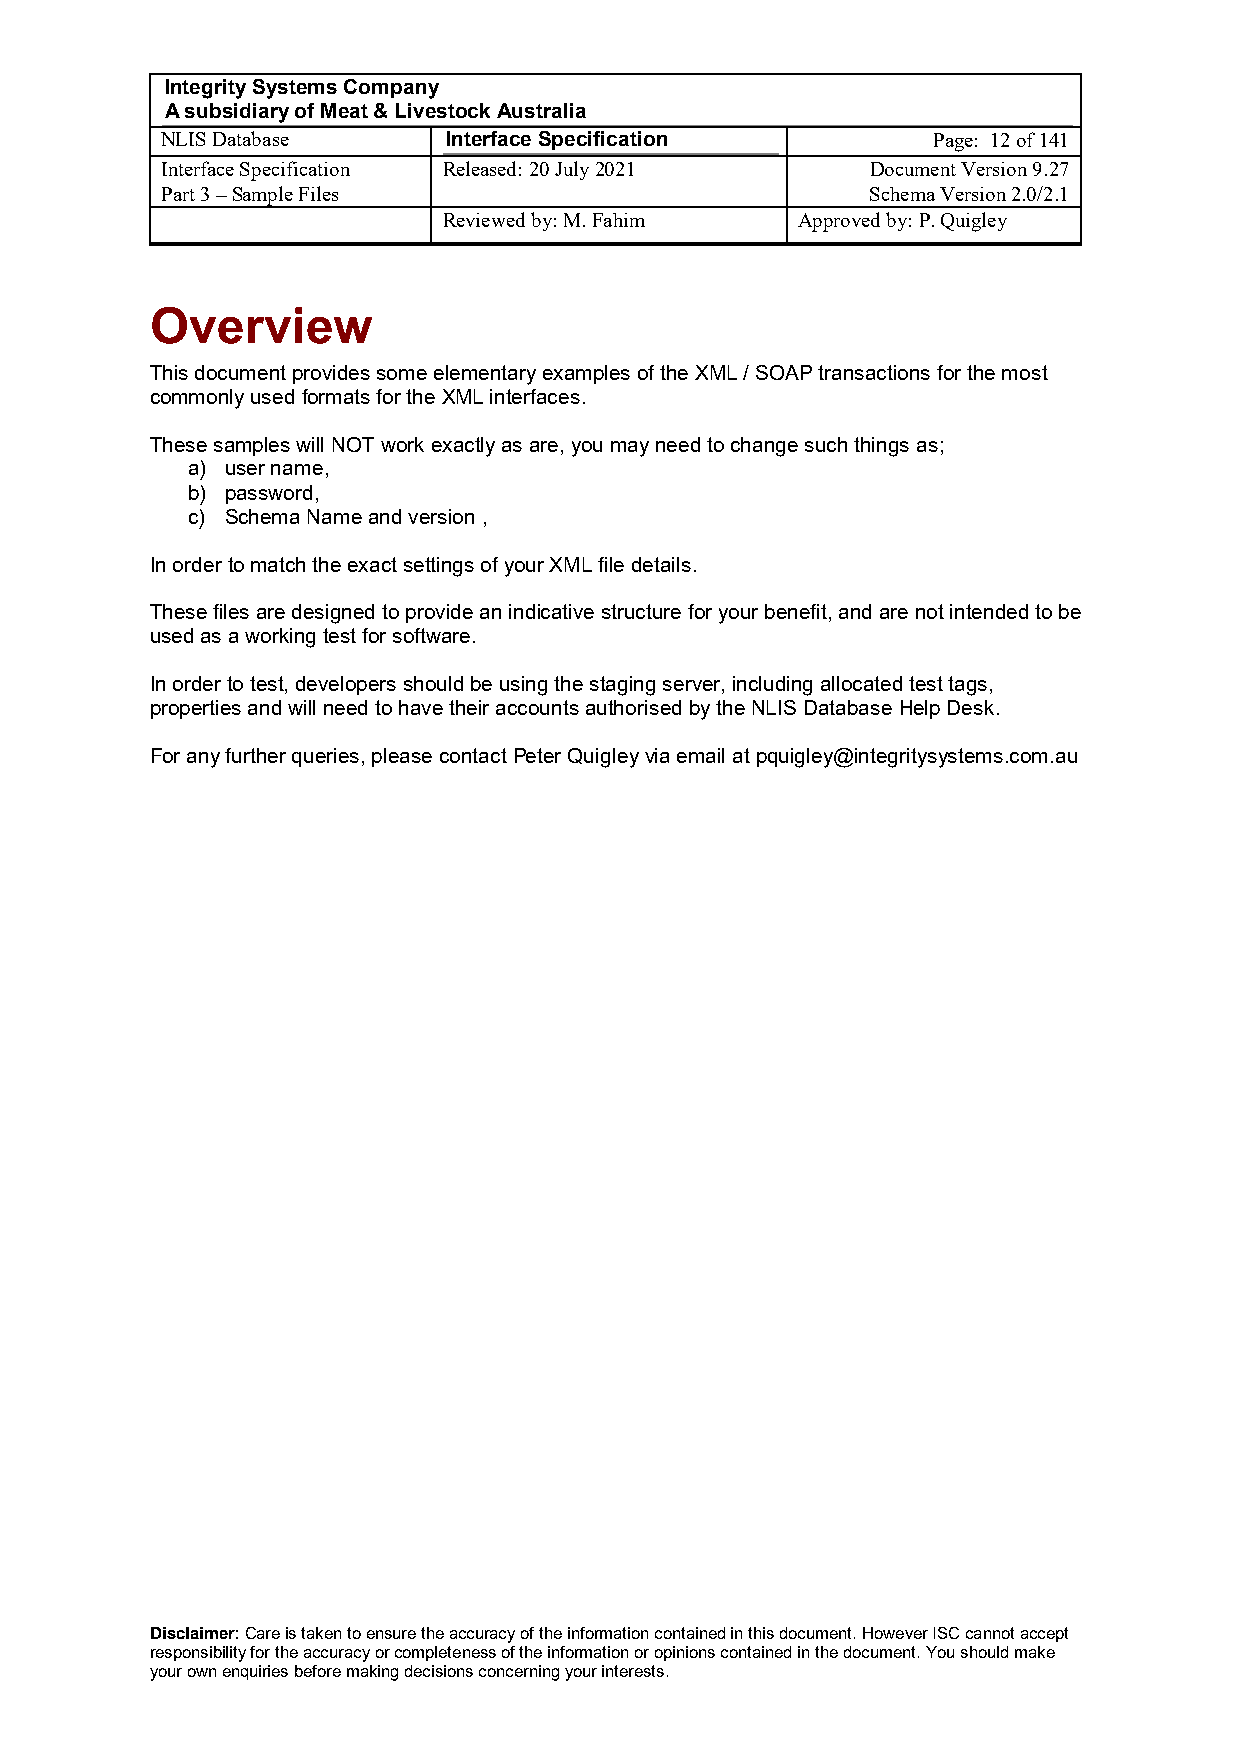
Integrity Systems Company
 A subsidiary of Meat & Livestock Australia
 NLIS Database      Interface Specification         Page: 12 of 141
 Interface Specification Released: 20 July 2021 Document Version 9.27
 Part 3 – Sample Files                          Schema Version 2.0/2.1
 Reviewed by: M. Fahim   Approved by: P. Quigley
 Overview
 This document provides some elementary examples of the XML / SOAP transactions for the most
 commonly used formats for the XML interfaces.
 These samples will NOT work exactly as are, you may need to change such things as;
 a) user name,
 b) password,
 c) Schema Name and version ,
 In order to match the exact settings of your XML file details.
 These files are designed to provide an indicative structure for your benefit, and are not intended to be
 used as a working test for software.
 In order to test, developers should be using the staging server, including allocated test tags,
 properties and will need to have their accounts authorised by the NLIS Database Help Desk.
 For any further queries, please contact Peter Quigley via email at pquigley@integritysystems.com.au
 Disclaimer: Care is taken to ensure the accuracy of the information contained in this document. However ISC cannot accept
 responsibility for the accuracy or completeness of the information or opinions contained in the document. You should make
 your own enquiries before making decisions concerning your interests.